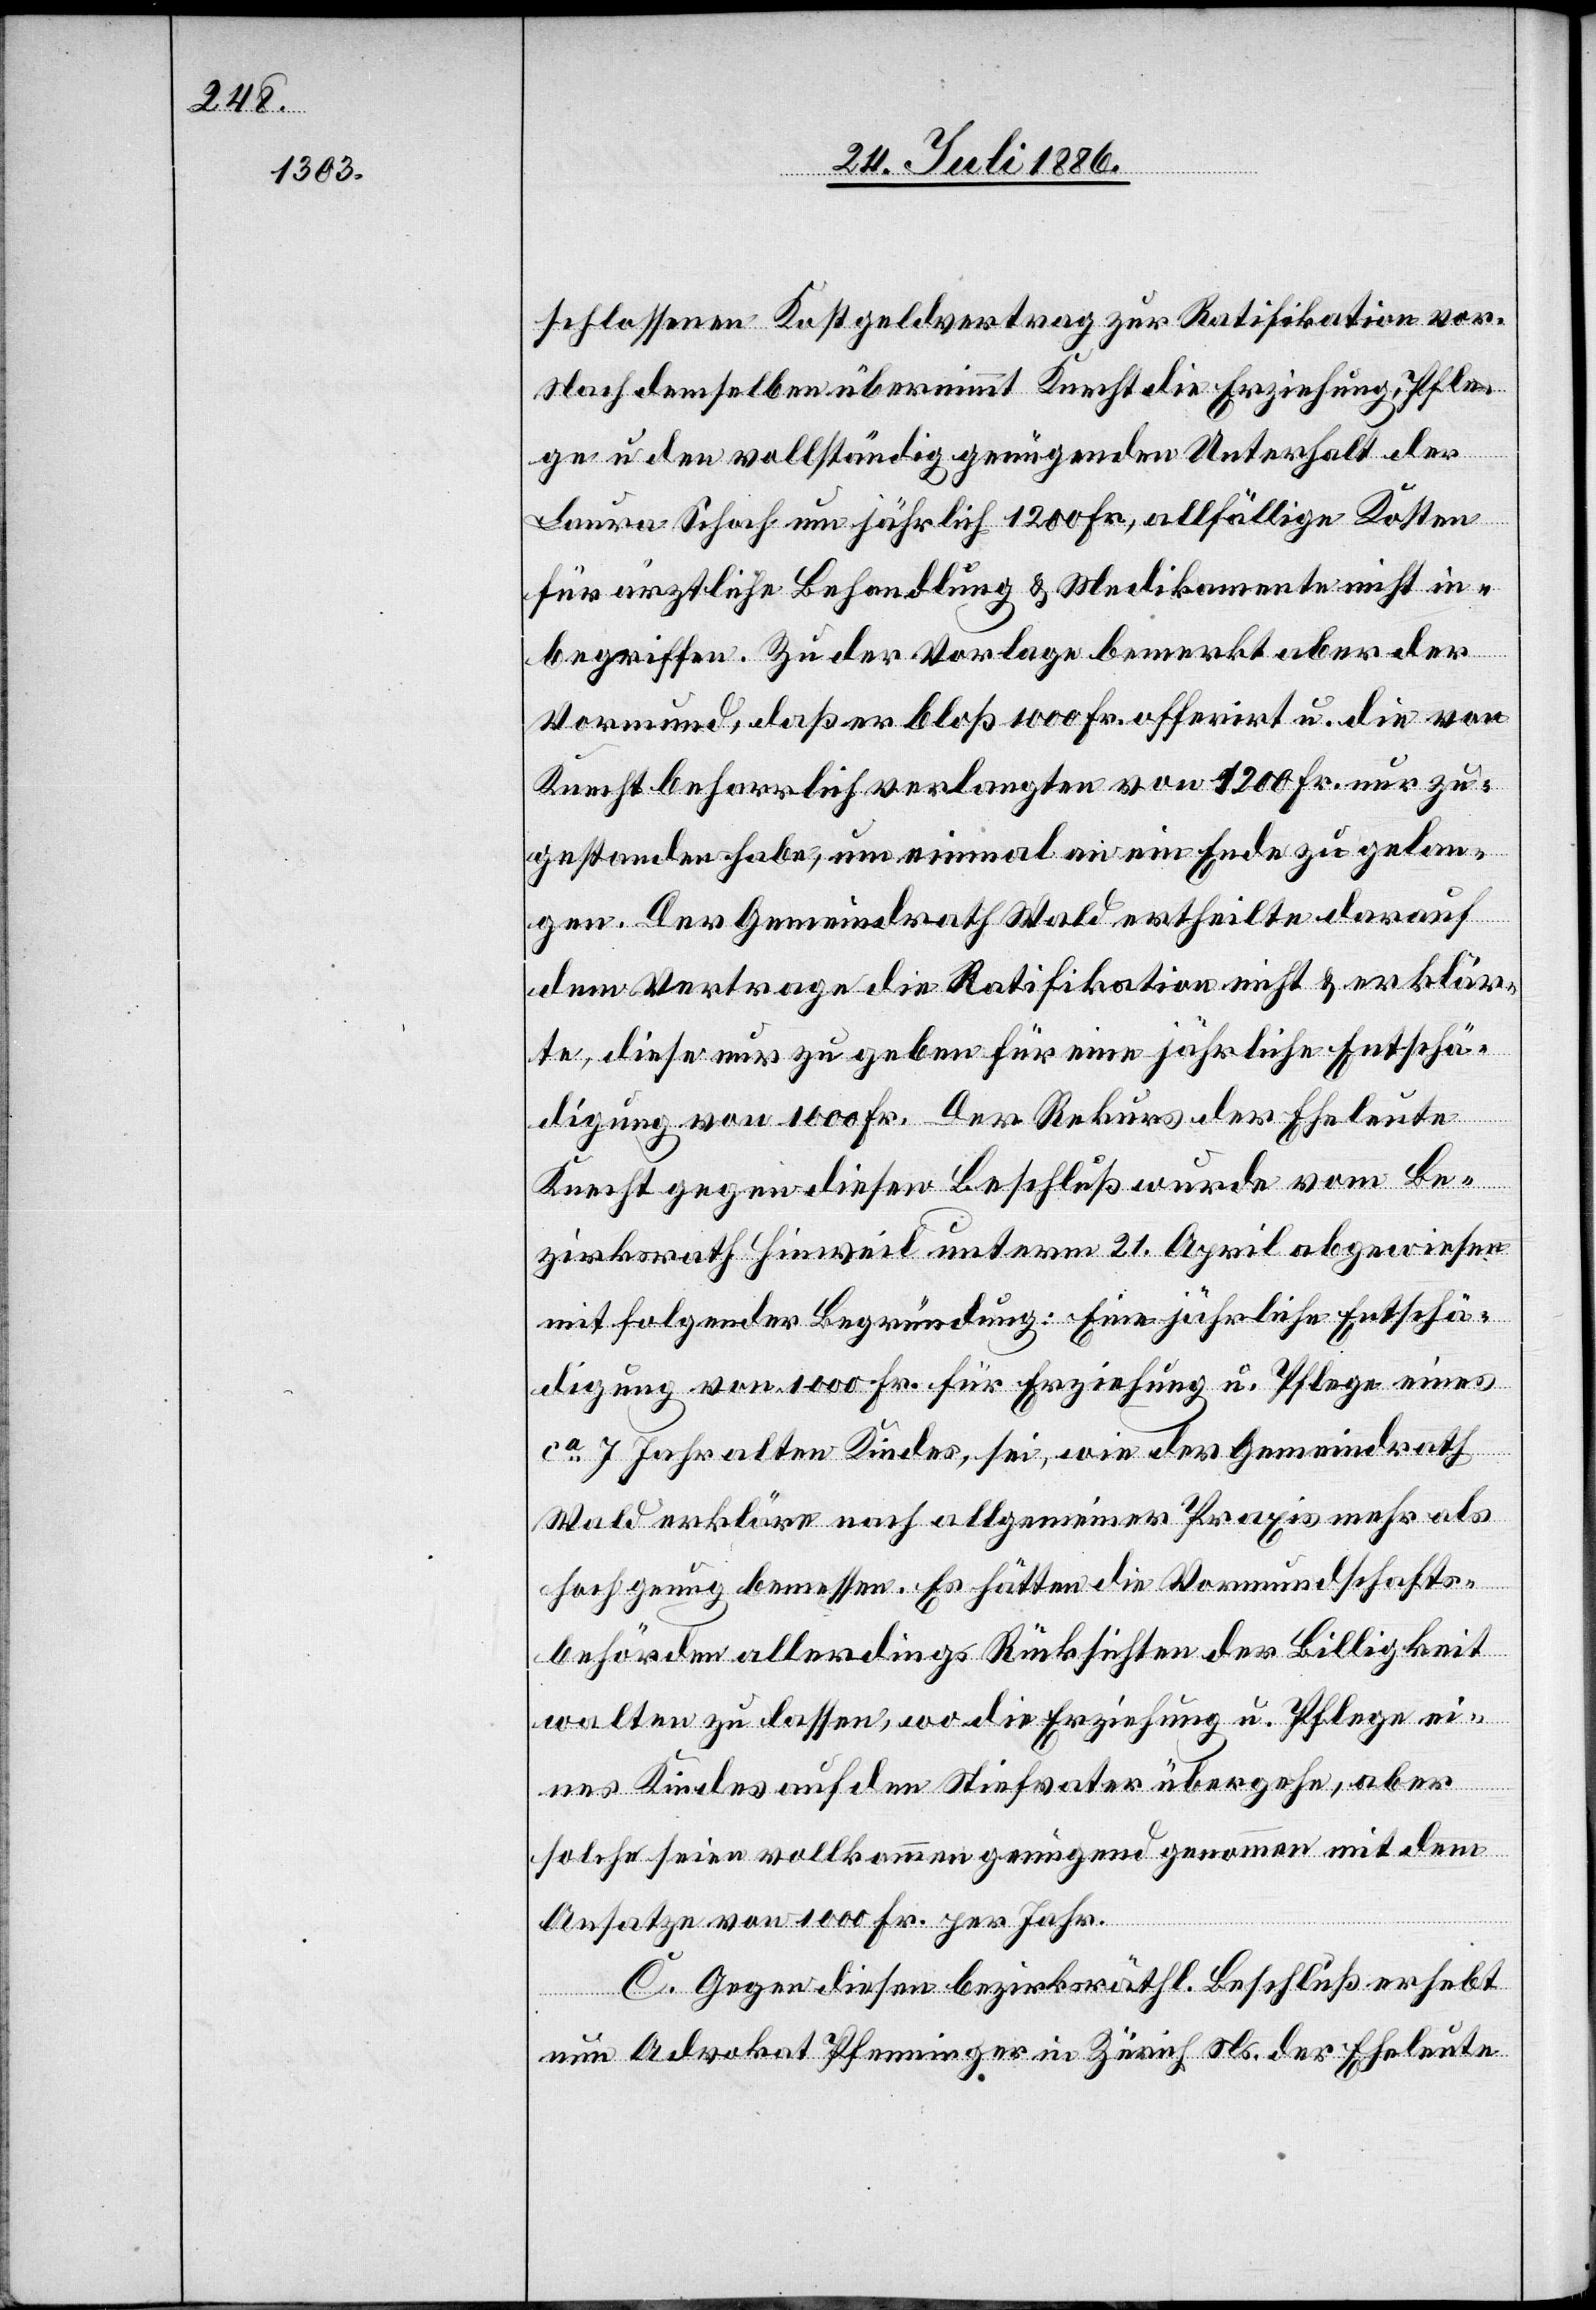
schlossenen Kostgeldvertrag zur Ratifikation vor.
Nach demselben übernimmt Knecht die Erziehung, Pfle¬
ge u. den vollständig genügenden Unterhalt der
Laura Schoch um jährlich 1200 Fr., allfällige Kosten
für ärztliche Behandlung & Medikamente nicht in¬
begriffen. Zu der Vorlage bemerkt aber der
Vormund, daß er bloß 100 Fr. offerirt u. die von
Knecht beharrlich verlangten von 1200 Fr. nur zu¬
gestanden habe, um einmal an ein Ende zu gelan¬
gen. Der Gemeindrath Wald ertheilte darauf
dem Vertrage die Ratifikation nicht & erklär¬
te, diese nur zu geben für eine jährliche Entschä¬
digung von 1000 Fr. Der Rekurs der Eheleute
Knecht gegen diesen Beschluß wurde vom Be¬
zirksrath Hinweil unterm 21. April abgewiesen
mit folgender Begründung: Eine jährliche Entschä¬
digung von 1000 Fr. für Erziehung u. Pflege eines
ca 7 Jahr alten Kindes, sei, wie der Gemeindrath
Wald erkläre nach allgemeiner Praxis mehr als
hoch genug bemessen Es hätten die Vormundschafts¬
behörden allerdings Rücksichten der Billigkeit
walten zu lassen, wo die Erziehung u. Pflege ei¬
nes Kindes auf den Stiefvater übergehe, aber
solche seien vollkommen genügend genommen mit dem
Ansatze von 1000 Fr. per Jahr.
C. Gegen diesen bezirksräthl. Beschluß erhebt
nun Advokat Pfenninger in Zürich Ns. der Eheleute